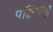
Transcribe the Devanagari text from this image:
पक्षिगळु